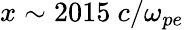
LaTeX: x\sim 2015~c/\omega_{pe}